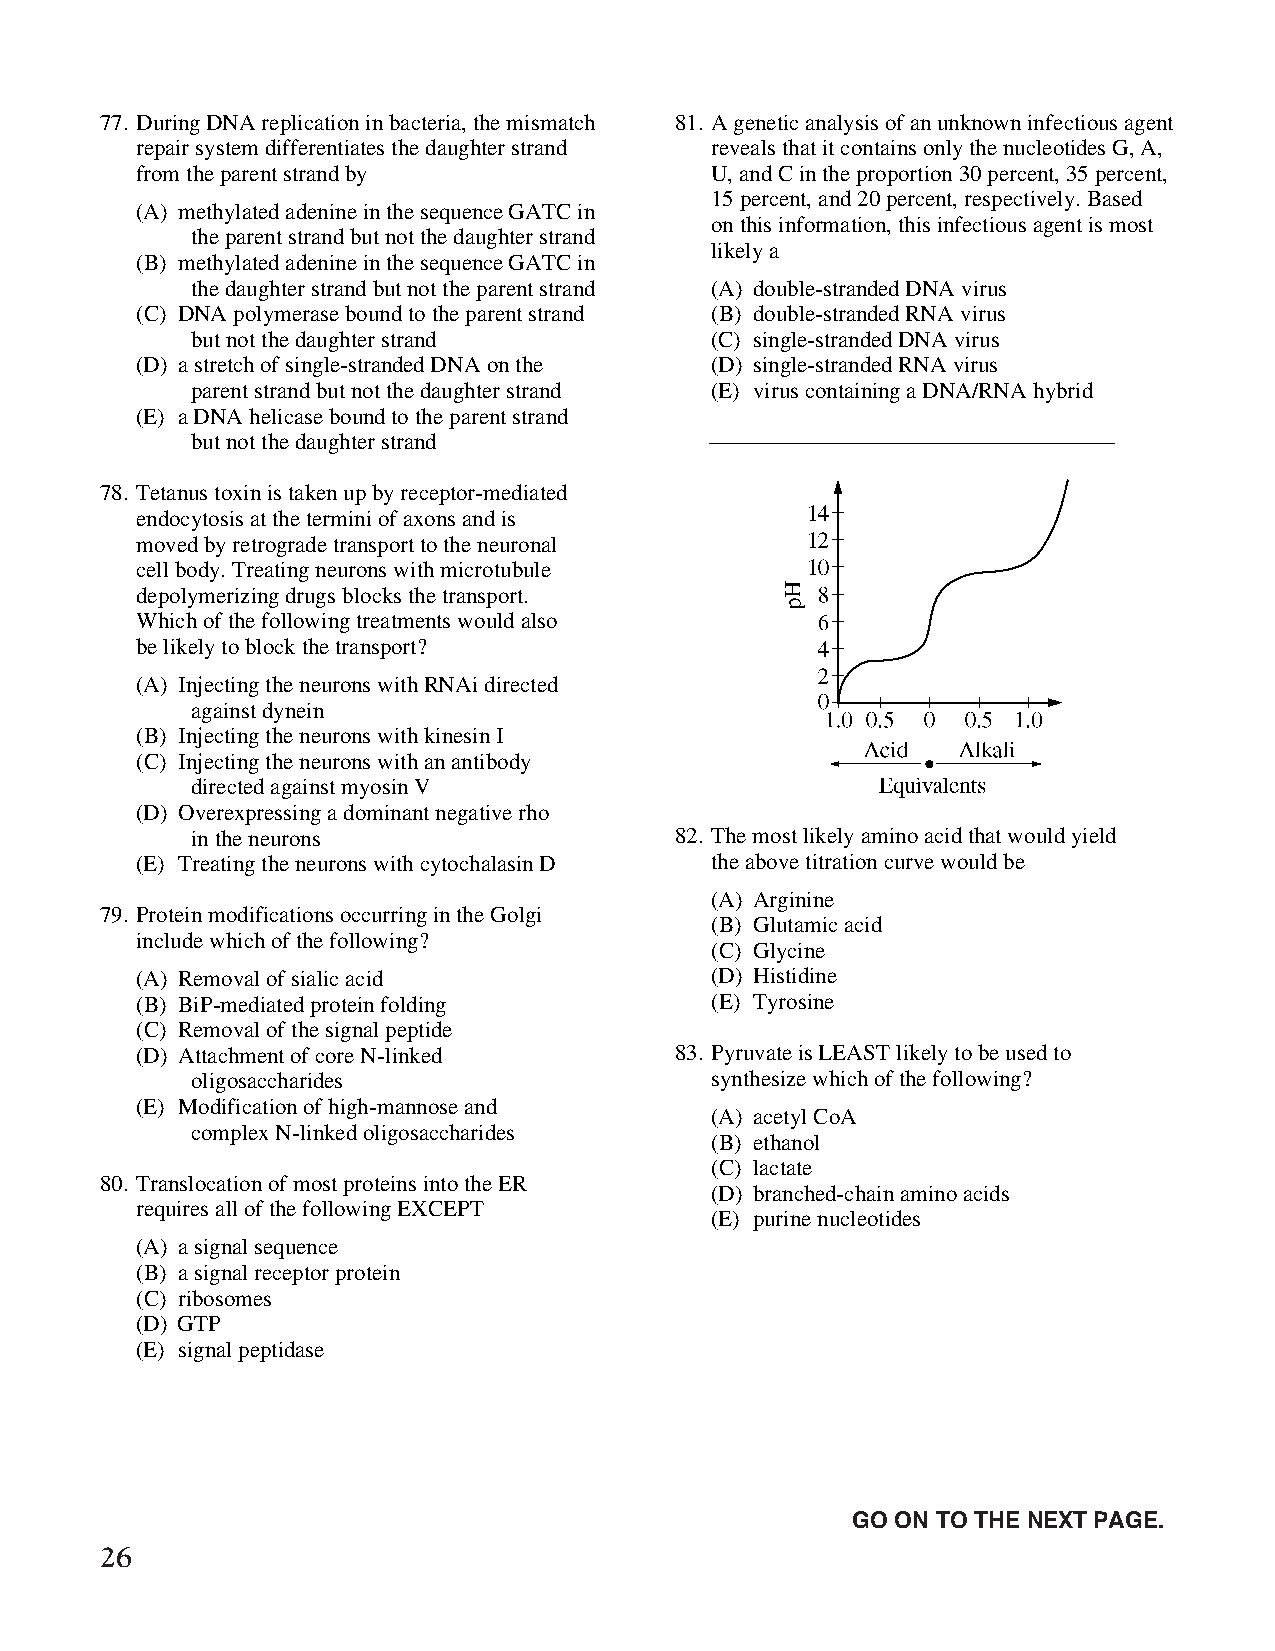
77. During DNA replication in bacteria, the mismatch 81. A genetic analysis of an unknown infectious agent
 repair system differentiates the daughter strand reveals that it contains only the nucleotides G, A,
 from the parent strand by             U, and C in the proportion 30 percent, 35 percent,
 15 percent, and 20 percent, respectively. Based
 (A) methylated adenine in the sequence GATC in
 on this information, this infectious agent is most
 the parent strand but not the daughter strand
 likely a
 (B) methylated adenine in the sequence GATC in
 the daughter strand but not the parent strand (A) double-stranded DNA virus
 (C) DNA polymerase bound to the parent strand (B) double-stranded RNA virus
 but not the daughter strand       (C) single-stranded DNA virus
 (D) a stretch of single-stranded DNA on the (D) single-stranded RNA virus
 parent strand but not the daughter strand (E) virus containing a DNA/RNA hybrid
 (E) a DNA helicase bound to the parent strand
 but not the daughter strand
 78. Tetanus toxin is taken up by receptor-mediated
 endocytosis at the termini of axons and is
 moved by retrograde transport to the neuronal
 cell body. Treating neurons with microtubule
 depolymerizing drugs blocks the transport.
 Which of the following treatments would also
 be likely to block the transport?
 (A) Injecting the neurons with RNAi directed
 against dynein
 (B) Injecting the neurons with kinesin I
 (C) Injecting the neurons with an antibody
 directed against myosin V
 (D) Overexpressing a dominant negative rho
 in the neurons                  82. The most likely amino acid that would yield
 (E) Treating the neurons with cytochalasin D the above titration curve would be
 (A) Arginine
 79. Protein modifications occurring in the Golgi
 (B) Glutamic acid
 include which of the following?
 (C) Glycine
 (A) Removal of sialic acid            (D) Histidine
 (B) BiP-mediated protein folding      (E) Tyrosine
 (C) Removal of the signal peptide
 (D) Attachment of core N-linked     83. Pyruvate is LEAST likely to be used to
 oligosaccharides                  synthesize which of the following?
 (E) Modification of high-mannose and
 (A) acetyl CoA
 complex N-linked oligosaccharides
 (B) ethanol
 (C) lactate
 80. Translocation of most proteins into the ER
 (D) branched-chain amino acids
 requires all of the following EXCEPT
 (E) purine nucleotides
 (A) a signal sequence
 (B) a signal receptor protein
 (C) ribosomes
 (D) GTP
 (E) signal peptidase
 Unauthorized copying or reuse of
 any part of this page is illegal.               GO ON TO THE NEXT PAGE.
 26
 GO ON TO THE NEXT PAGE.
 -18-
 007884-72507 GRE Biochemistry Test Practise Book • Dr01 4/17/08 ta • Dr02 5/7/08 ta • Dr03 5/20/08 ta • [NEW 108353] • CS6 • Dr01 5/1/15 jw • [New
 Job] 007884-113203 Drft01 3/22/16 ew